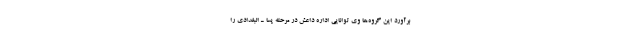
برآورد این گروه‌ها وی توانایی اداره داعش در مرحله پسا ـ البغدادی را